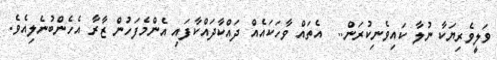
ވަލީވެރިޔަކާ ނުލާ ކައިވެނިކުރަން..  އެތައް ވާހަކައެއް ދައްކާދައްކާފައި އެންމެފަހުން ޒާރާ އެހެންބުނެލިއެވެ.